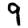
Digit: 9